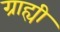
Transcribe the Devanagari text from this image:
ग्राह्यी